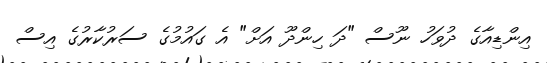
އިންޑިއާގެ ދުވަހު ނޫސް "ދަ ހިންދޫ އަށް" އެ ގައުމުގެ ސަރުކާރުގެ އިސް